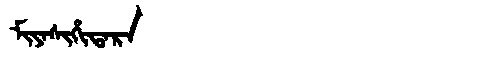
Manchu: ᠮᡳᠶᠠᠰᡳᡥᡳᡨᠠᡵᠠ
Romanization: MIYASIHITARA